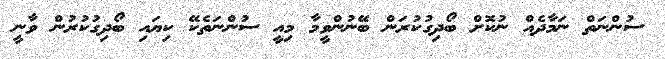
ސުންނަތް ނަމާދެއް ނުކޮށް ބޯދިގުކުރަން ބޭނުންވީމާ މިއީ ސުންނަތެކޭ ކިޔައި ބޯދިގުކުރުން ވާނީ